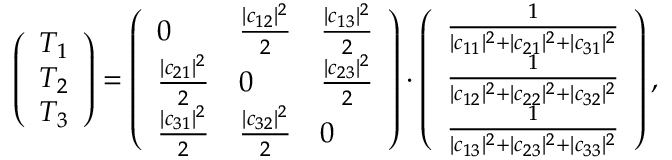
\left( \begin{array} { l } { T _ { 1 } } \\ { T _ { 2 } } \\ { T _ { 3 } } \end{array} \right) = \left( \begin{array} { l l l } { 0 } & { \frac { | c _ { 1 2 } | ^ { 2 } } { 2 } } & { \frac { | c _ { 1 3 } | ^ { 2 } } { 2 } } \\ { \frac { | c _ { 2 1 } | ^ { 2 } } { 2 } } & { 0 } & { \frac { | c _ { 2 3 } | ^ { 2 } } { 2 } } \\ { \frac { | c _ { 3 1 } | ^ { 2 } } { 2 } } & { \frac { | c _ { 3 2 } | ^ { 2 } } { 2 } } & { 0 } \end{array} \right) \cdot \left( \begin{array} { l } { \frac { 1 } { | c _ { 1 1 } | ^ { 2 } + | c _ { 2 1 } | ^ { 2 } + | c _ { 3 1 } | ^ { 2 } } } \\ { \frac { 1 } { | c _ { 1 2 } | ^ { 2 } + | c _ { 2 2 } | ^ { 2 } + | c _ { 3 2 } | ^ { 2 } } } \\ { \frac { 1 } { | c _ { 1 3 } | ^ { 2 } + | c _ { 2 3 } | ^ { 2 } + | c _ { 3 3 } | ^ { 2 } } } \end{array} \right) ,